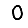
Digit: 0